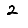
Digit: 2